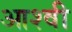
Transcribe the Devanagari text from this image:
आश्वी